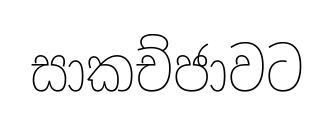
සාකච්ජාවට